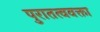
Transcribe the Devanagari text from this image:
पुरातत्ववक्ता